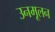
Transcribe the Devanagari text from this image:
उनमूलन